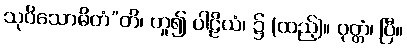
သုဝိသောဓိတံ”တိ၊ ဟူ၍ ပါဠိယံ၊ ၌ (ထည့်)။ ဝုတ္တံ၊ ပြီ။